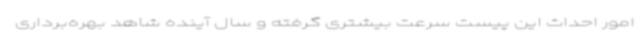
امور احداث این پیست سرعت بیشتری گرفته و سال آینده شاهد بهره‌برداری